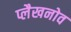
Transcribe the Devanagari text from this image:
प्लैखनोव